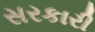
સરકારી